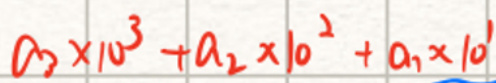
$a_3\times 10^3 + a_2\times 10^2 + a_1\times 10^1$